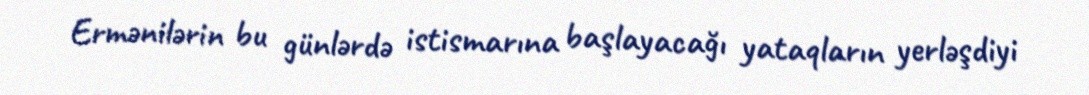
Ermənilərin bu günlərdə istismarına başlayacağı yataqların yerləşdiyi